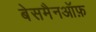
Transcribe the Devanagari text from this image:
बेसमैनऑफ़